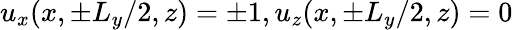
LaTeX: u_{x}(x,\pm L_{y}/2,z)=\pm 1,u_{z}(x,\pm L_{y}/2,z)=0